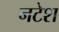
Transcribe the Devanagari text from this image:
नटेश